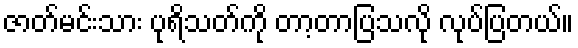
ဇာတ်မင်းသား ပုရိသတ်ကို တာ့တာပြသလို လုပ်ပြတယ်။